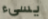
يسيء